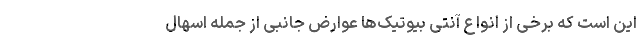
این است که برخی از انواع آنتی بیوتیک‌ها عوارض جانبی از جمله اسهال